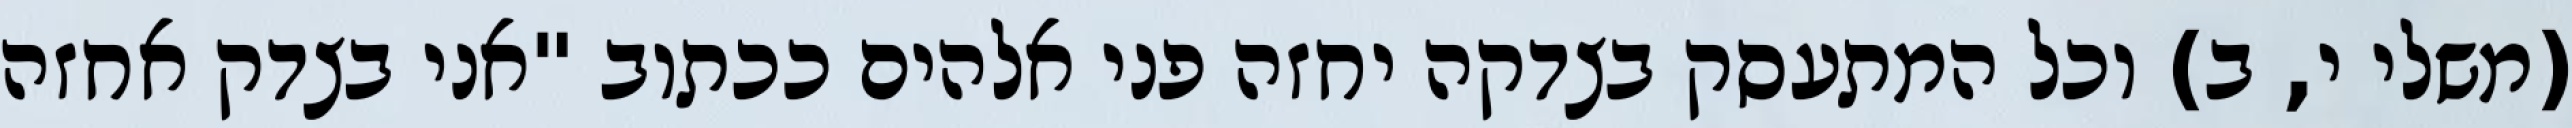
(משלי י, ב) וכל המתעסק בצדקה יחזה פני אלהים ככתוב "אני בצדק אחזה